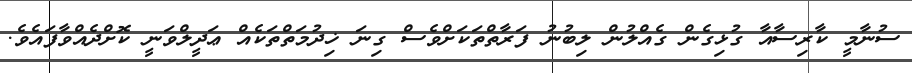
ސުނާމީ ކާރިސާއާ ގުޅިގެން ގެއްލުން ލިބުނު ފަރާތްތަކަށްވެސް ގިނަ ޚިދުމަތްތަކެއް ޢަދީލްވަނީ ކޮށްދެއްވާފައެވެ.